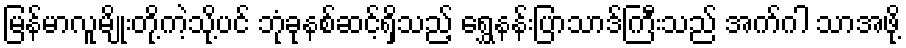
မြန်မာလူမျိုးတို့ကဲ့သို့ပင် ဘုံခုနစ်ဆင့်ရှိသည့် ရွှေနန်းပြာသာဒ်ကြီးသည် အက်ဂါ သာအဖို့